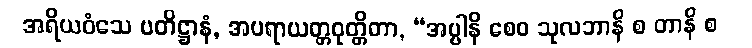
အရိယဝံသေ ပတိဋ္ဌာနံ, အပရာယတ္တဝုတ္တိတာ, “အပ္ပါနိ စေဝ သုလဘာနိ စ တာနိ စ